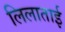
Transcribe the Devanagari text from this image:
लिलाताई